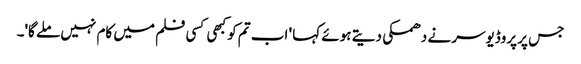
جس پر پروڈیوسر نے دھمکی دیتے ہوئے کہا ' اب تم کو کبھی کسی فلم میں کام نہیں ملے گا'۔